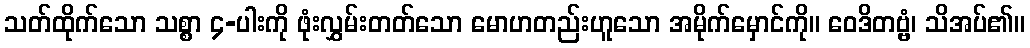
သတ်ထိုက်သော သစ္စာ ၄-ပါးကို ဖုံးလွှမ်းတတ်သော မောဟတည်းဟူသော အမိုက်မှောင်ကို။ ဝေဒိတဗ္ဗံ၊ သိအပ်၏။